Report on sanitation, dispensaries, and jails in Rajputana for 1920, and on vaccination for the year 1920-1921 - 1920-1921
Year: 1920
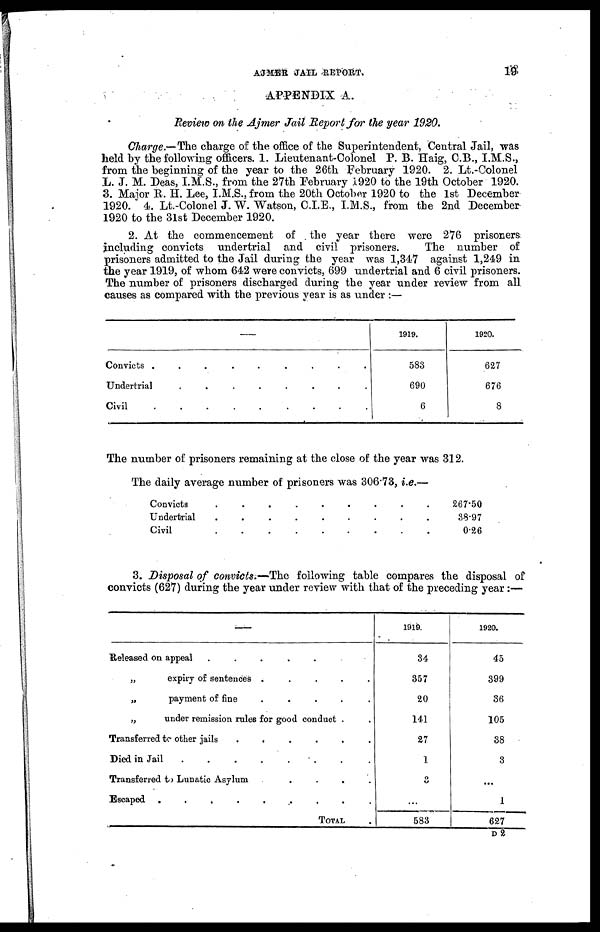
AJMER JAIL REPORT.
19
APPENDIX A.
Review on the Ajmer Jail Report for the year 1920.
Charge.—The charge of the office of the Superintendent, Central Jail, was
held by the following officers. 1. Lieutenant-Colonel P. B. Haig, C.B., I.M.S.,
from the beginning of the year to the 26th February 1920. 2. Lt.-Colonel
L. J. M. Deas, I.M.S., from the 27th February 1920 to the 19th October 1920.
3. Major R. H. Lee, I.M.S.,from the 20th October 1920 to the 1st December
1920. 4. Lt.-Colonel J. W. Watson, C.I.E., I.M.S., from the 2nd December
1920 to the 31st December 1920.
2. At the commencement of the year there were 276 prisoners
including convicts undertrial and civil prisoners.
The number of
prisoners admitted to the Jail during the year was 1,347 against 1,249 in
the year 1919, of whom 642 were convicts, 699 undertrial and 6 civil prisoners.
The number of prisoners discharged during the year under review from all
causes as compared with the previous year is as under :—
—
Convicts
.
.
.
.
.
.
Undertrial
.
.
.
.
.
Civil
.
.
.
.
.
1919.
583
690
6
1920.
627
676
8
The number of prisoners remaining at the close of the year was 312.
The daily average number of prisoners was 306.73, i.e.—
Convicts . . . . .
Undertrial
.
.
.
.
.
Civil . . . . .
267.50
38.97
0.26
3. Disposal of convicts.—The following table compares the disposal of
convicts (627) during the year under review with that of the preceding year:—
—
Released on appeal
.
.
.
.
.
„
expiry of sentences
.
.
.
.
.
„
payment of
fine
.
.
.
.
.
„
under remission rules for good conduct .
Transferred to other jails
.
.
.
.
.
.
Died in Jail
.
.
.
.
.
.
.
Transferred to Lunatic Asylum
.
.
.
.
.
Escaped
.
.
.
.
.
TOTAL .
1919.
34
357
20
141
27
1
3
...
583
1920.
45
399
36
105
38
3
...
1
627
D 2